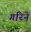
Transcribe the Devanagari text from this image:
गरिने